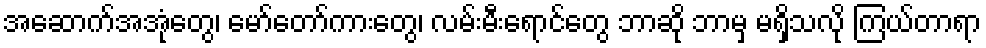
အဆောက်အအုံတွေ၊ မော်တော်ကားတွေ၊ လမ်းမီးရောင်တွေ ဘာဆို ဘာမှ မရှိသလို ကြယ်တာရာ